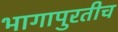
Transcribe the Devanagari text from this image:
भागापुरतीच